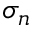
\sigma _ { n }